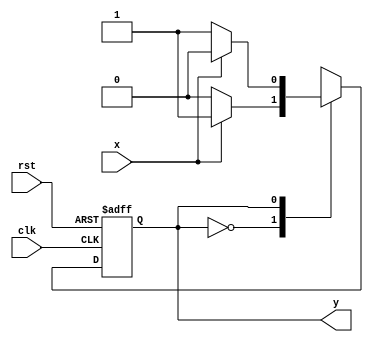
module moore_machine (clk, rst, x, y);
    input clk;
    input rst;
    input x;

    output reg y;

    reg c_state;  // now state
    reg n_state;  // next state

    always @(posedge clk or negedge rst) begin
        if (!rst) begin
            c_state <= 1'b0;
        end

        else begin
            c_state <= n_state;
        end
    end


    always @(c_state, x) begin
        y = c_state;
        case (c_state)  // case : now state 
            1'b0:   // c_state = 0
                if (x) begin // x = 1
                    n_state = 1'b1;
                end

                else  begin // x = 0
                    n_state = 1'b0;
                end

            1'b1:   // c_state = 1
                if (x) begin // x = 1
                    n_state = 1'b0;
                end

                else begin // x = 0
                    n_state = 1'b1;
                end

            default: begin  // 실패시 next state = 0, y = 0
                n_state = 1'b0;
            end

        endcase
    end
endmodule